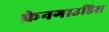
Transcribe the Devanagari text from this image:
फ्रेनगाउडिस